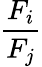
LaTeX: \frac{F_{i}}{F_{j}}